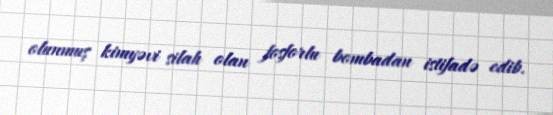
olunmuş kimyəvi silah olan fosforlu bombadan istifadə edib.